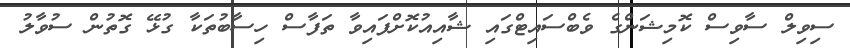
ސިވިލް ސާވިސް ކޮމިޝަންގެ ވެބްސައިޓްގައި ޝާއިއުކޮށްފައިވާ ތަފާސް ހިސާބުތަކާ ގުޅޭ ގޮތުން ސުވާލު